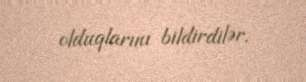
olduqlarını bildirdilər.